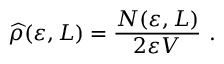
\widehat \rho ( \varepsilon , L ) = \displaystyle \frac { N ( \varepsilon , L ) } { 2 \varepsilon V } ~ .